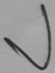
Text: V